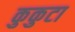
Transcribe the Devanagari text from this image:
कुकुटा